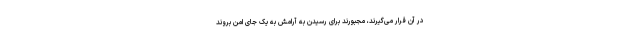
در آن قرار می‌گیرند، مجبورند برای رسیدن به آرامش به یک جای امن بروند